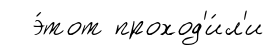
э́тот проход'и́л'и